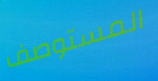
المستوصف